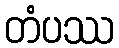
တံပဿ